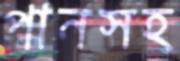
পানসহ